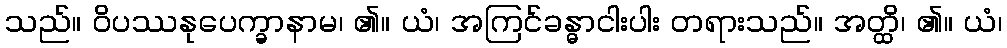
သည်။ ဝိပဿနုပေက္ခာနာမ၊ ၏။ ယံ၊ အကြင်ခန္ဓာငါးပါး တရားသည်။ အတ္ထိ၊ ၏။ ယံ၊